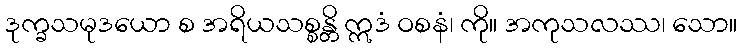
ဒုက္ခသမုဒယော စ အရိယသစ္စန္တိ ဣဒံ ဝစနံ၊ ကို။ အကုသလဿ၊ သော။